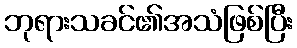
ဘုရားသခင်၏အသံဖြစ်ပြီး